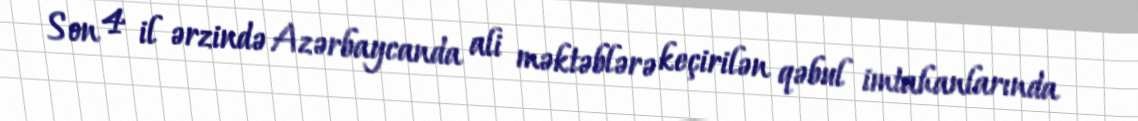
Son 4 il ərzində Azərbaycanda ali məktəblərə keçirilən qəbul imtahanlarında